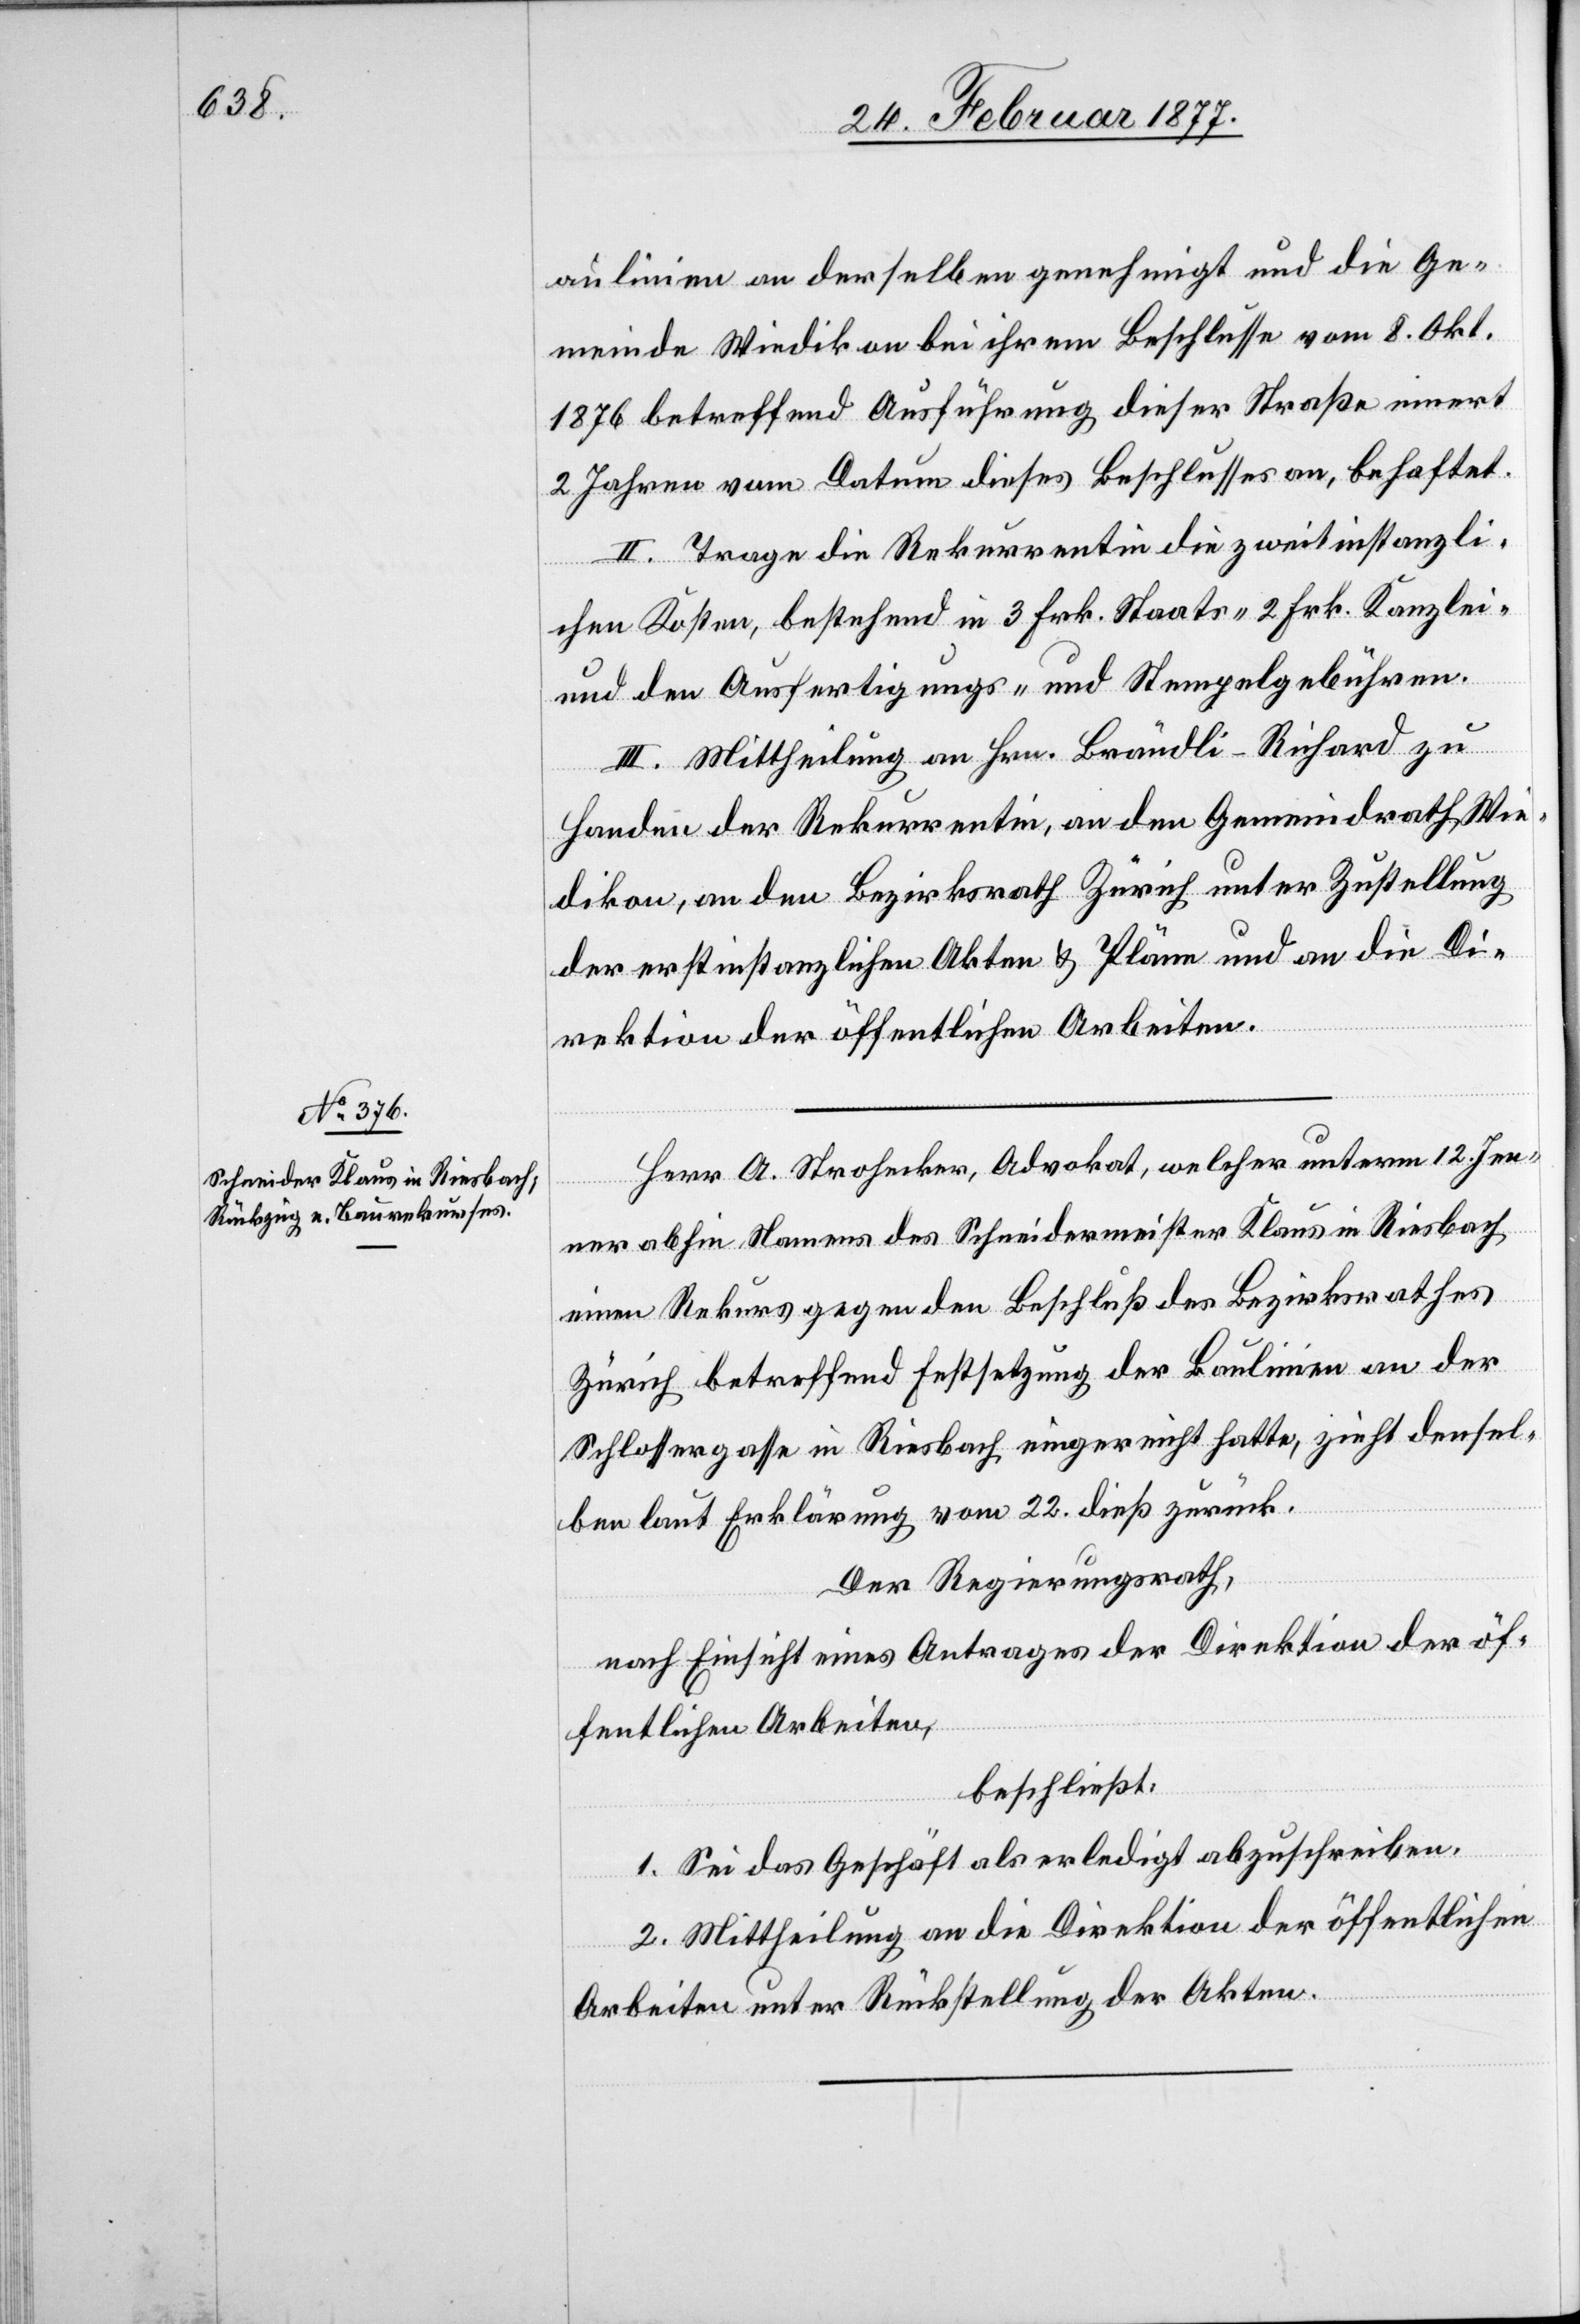
aulinien an derselben genehmigt und die Ge¬
meinde Wiedikon bei ihrem Beschlusse vom 8. Okt.
1876 betreffend Ausführung dieser Straße innert
2 Jahren von Datum dieses Beschlusses an, behaftet.
II. Trage die Rekurrentin die zweitinstanzli¬
chen Kosten, bestehend in 3 Frk. Staats-[,] 2 Frk. Kanzlei-
und den Ausfertigungs- und Stempelgebühren.
III. Mittheilung an Hrn. Brändli-Richard zu
Handen der Rekurrentin, an den Gemeindrath Wie¬
dikon, an den Bezirksrath Zürich unter Zustellung
der erstinstanzlichen Akten & Pläne und an die Di¬
rektion der öffentlichen Arbeiten.
Herr A. Strohecker, Advokat, welcher unterm 12. Jen¬
ner abhin Namens des Schneidermeister Klaus in Riesbach
einen Rekurs gegen den Beschluß des Bezirksrathes
Zürich betreffend Festsetzung der Baulinie an der
Schlossergasse in Riesbach eingereicht hatte, zieht densel¬
ben laut Erklärung vom 22. dieß zurück.
Der Regierungsrath,
nach Einsicht eines Antrages der Direktion der öf¬
fentlichen Arbeiten,
beschließt:
1. Sei das Geschäft als erledigt abzuschreiben.
2. Mittheilung an die Direktion der öffentlichen
Arbeiten unter Rückstellung der Akten.